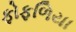
ફોફળિયા